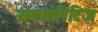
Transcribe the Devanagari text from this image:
सेक्योरिटिज